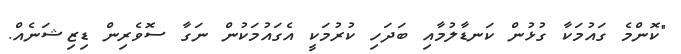
"ކޮންމެ ގައުމަކާ ގުޅުން ކަނޑާލުމާއި ބަދަހި ކުރުމަކީ އެގައުމަކުން ނަގާ ސޮވެރިން ޑިޒިޝަނެއް.